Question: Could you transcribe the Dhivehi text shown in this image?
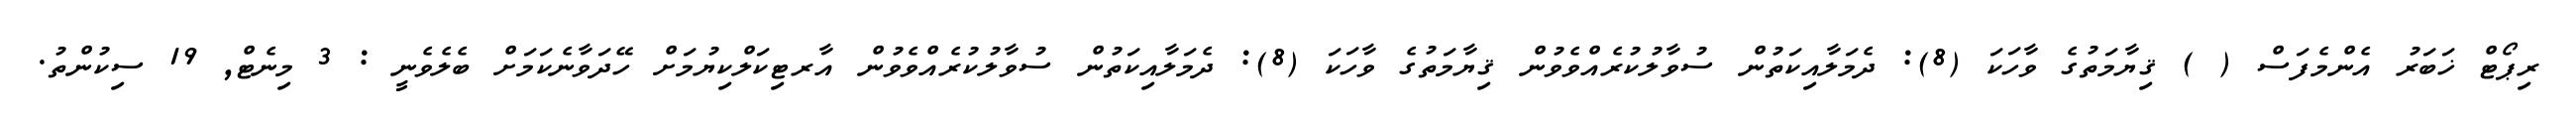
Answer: ރިޕޯޓް ޚަބަރު އެންމެފަސް ( ) ޤިޔާމަތުގެ ވާހަކަ (8): ދެމަލާއިކަތުން ސުވާލުކުރެއްވެވުން ޤިޔާމަތުގެ ވާހަކަ (8): ދެމަލާއިކަތުން ސުވާލުކުރެއްވެވުން އާރޓިކަލްކިޔުމަށް ހޭދަވާނެކަމަށް ބެލެވެނީ : 3 މިނެޓް, 19 ސިކުންތު.